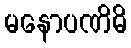
မနောပဏိဓိ